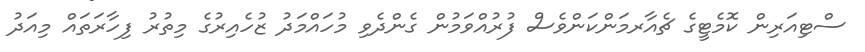
ސްޓިއަރިން ކޮމެޓީގެ ޗެއާރމަންކަންވެސް ފުރުއްވަމުން ގެންދެވި މުހައްމަދު ޒުހެއިރުގެ މިތުރު ފިހާރަތައް މިއަދު